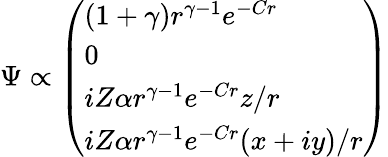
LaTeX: \Psi\propto{\left(\begin{array}{l}{(1+\gamma)r^{\gamma-1}e^{-Cr}}\\ {0}\\ {iZ\alpha r^{\gamma-1}e^{-Cr}z/r}\\ {iZ\alpha r^{\gamma-1}e^{-Cr}(x+iy)/r}\end{array}\right)}